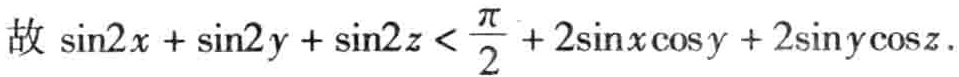
故\(\sin2x + \sin2y + \sin2z < \frac{\pi}{2} + 2\sin x\cos y + 2\sin y\cos z\).